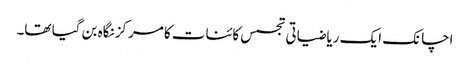
اچانک ایک ریاضیاتی تجسس کائنات کا مرکز نگاہ بن گیا تھا۔